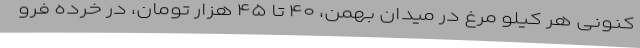
کنونی هر کیلو مرغ در میدان بهمن، ۴۰ تا ۴۵ هزار تومان، در خرده فرو